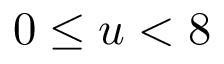
\ 0 \leq u < 8